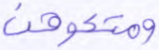
ومتعوهن